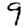
Digit: 9